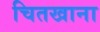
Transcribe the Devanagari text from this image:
चितखाना